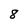
Character: 8